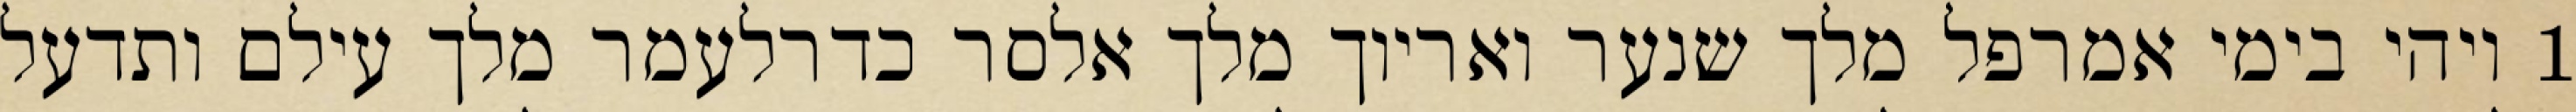
1 ויהי בימי אמרפל מלך שנער ואריוך מלך אלסר כדרלעמר מלך עילם ותדעל